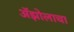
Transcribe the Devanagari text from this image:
ॲझोलाचा